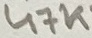
Text: 47K